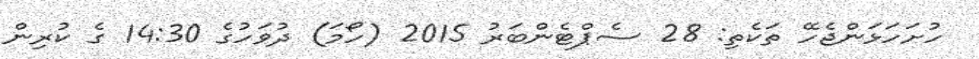
ހުށަހަޅަންޖެހޭ ތަކެތި: 28 ސެޕްޓެންބަރު 2015 (ހޯމަ) ދުވަހުގެ 14:30 ގެ ކުރިން